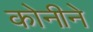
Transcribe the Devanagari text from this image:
कोनीने